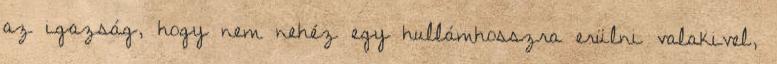
az igazság, hogy nem nehéz egy hullámhosszra erülni valakivel,